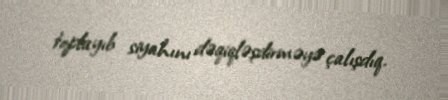
toplayıb siyahını dəqiqləşdirməyə çalışdıq.